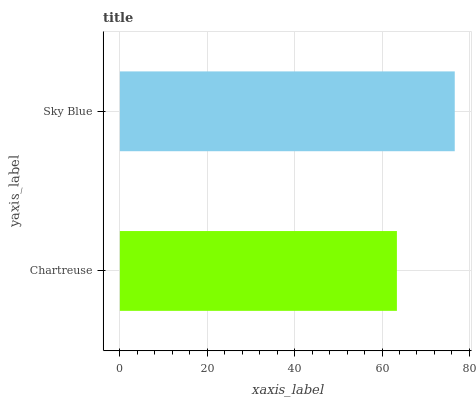
| yaxis_label | bars |
 | --- | --- |
 | Chartreuse | 63.4 |
 | Sky Blue | 76.7 |